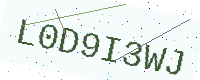
Text: L0D9I3WJ